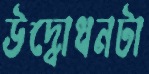
উদ্বোধনটা